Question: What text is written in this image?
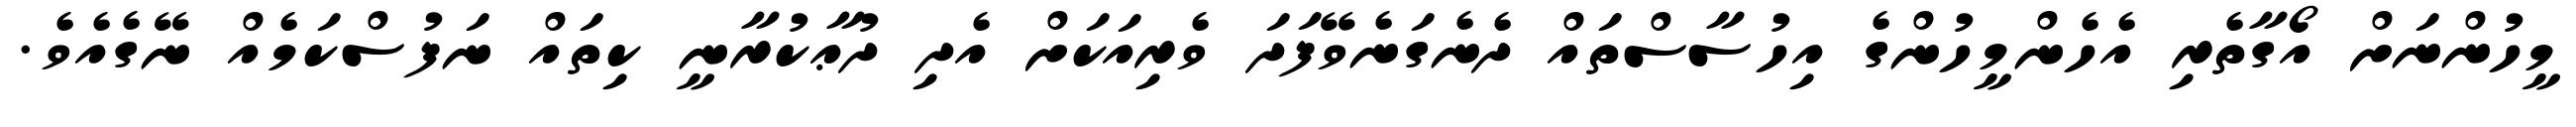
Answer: މީހުންނަށް އޯގާތެރި އެހެންމީހުންގެ އިހުސާސްތައް ދެނެގަނެވޭފަދަ ވެރިއަކަށް އެދި ދުޢާކުރާނީ ކިތައް ނަފުސްކަމެއް ނޭގެއެވެ.